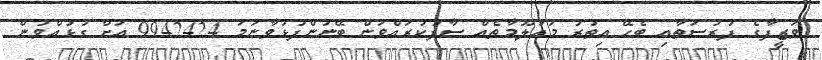
ވަޒީފާގެ ފުރުސަތާއި ބެހޭ އިތުރު މައުލޫމާތެއް ސާފުކުރައްވަން ބޭނުންފުޅުވާނަމަ 9942424 އަށް ގުޅުއްވުން